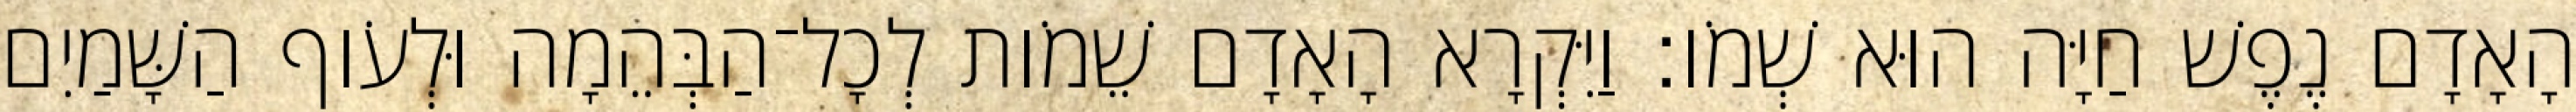
הָאָדָם נֶפֶשׁ חַיָּה הוּא שְׁמֹו׃ וַיִּקְרָא הָאָדָם שֵׁמֹות לְכָל־הַבְּהֵמָה וּלְעֹוף הַשָּׁמַיִם